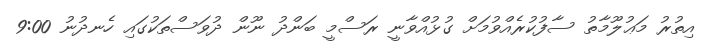
އިތުރު މަޢުލޫމާތު ސާފުކުރެއްވުމަށް ގުޅުއްވާނީ ރަސްމީ ބަންދު ނޫން ދުވަސްތަކުގައި ހެނދުނު 9:00